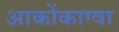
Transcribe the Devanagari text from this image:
आकोंकाग्वा